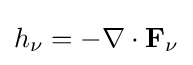
h_{\nu }=-\nabla \cdot \mathbf {F} _{\nu }